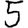
Digit: 5